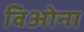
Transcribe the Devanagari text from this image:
विओना